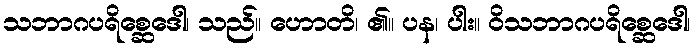
သဘာဂပရိစ္ဆေဒေါ၊ သည်။ ဟောတိ၊ ၏။ ပန၊ ပါး။ ဝိသဘာဂပရိစ္ဆေဒေါ၊